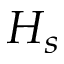
H _ { s }